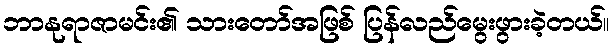
ဘာနုရာဇာမင်း၏ သားတော်အဖြစ် ပြန်လည်မွေးဖွားခဲ့တယ်။